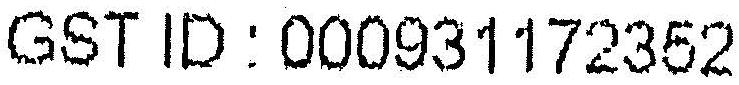
GST ID : 000931172352